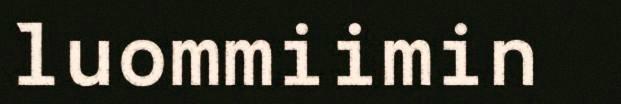
luommiimin